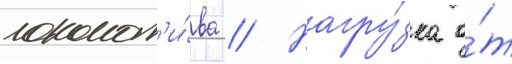
локомот'и́ва // Нагру́зка о́т